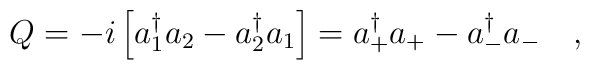
Q=-i\left[a_1^\dagger a_2-a_2^\dagger a_1\right]=a_+^\dagger a_+-a_-^\dagger a_-\ \ \ ,